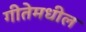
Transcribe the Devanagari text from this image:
गीतेमधील